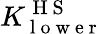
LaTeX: K_{\mathrm{~l~o~w~e~r~}}^{\mathrm{~H~S~}}